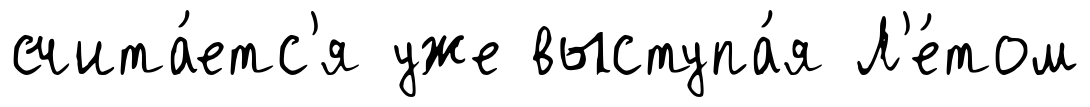
счита́етс'я уже выступа́я Л'е́том